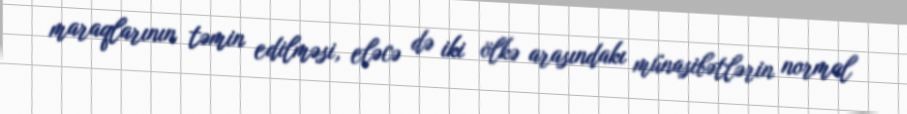
maraqlarının təmin edilməsi, eləcə də iki ölkə arasındakı münasibətlərin normal